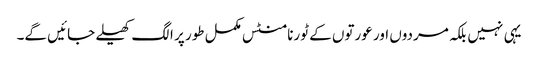
یہی نہیں بلکہ مردوں اور عورتوں کے ٹورنامنٹس مکمل طور پر الگ کھیلے جائیں گے۔